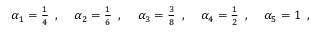
\begin{array} { c c c c c } { \alpha _ { 1 } = \frac { 1 } { 4 } \, \mathrm { ~ , ~ } } & { \alpha _ { 2 } = \frac { 1 } { 6 } \, \mathrm { ~ , ~ } } & { \alpha _ { 3 } = \frac { 3 } { 8 } \, \mathrm { ~ , ~ } } & { \alpha _ { 4 } = \frac { 1 } { 2 } \, \mathrm { ~ , ~ } } & { \alpha _ { 5 } = 1 \, \mathrm { ~ , ~ } } \end{array}